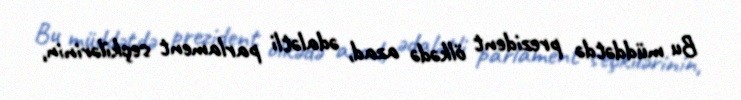
Bu müddətdə prezident ölkədə azad, ədalətli parlament seçkilərinin,